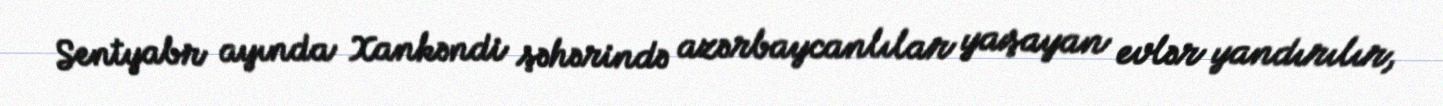
Sentyabr ayında Xankəndi şəhərində azərbaycanlılar yaşayan evlər yandırılır,